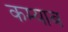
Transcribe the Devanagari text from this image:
कम्याब